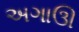
અગાઊ